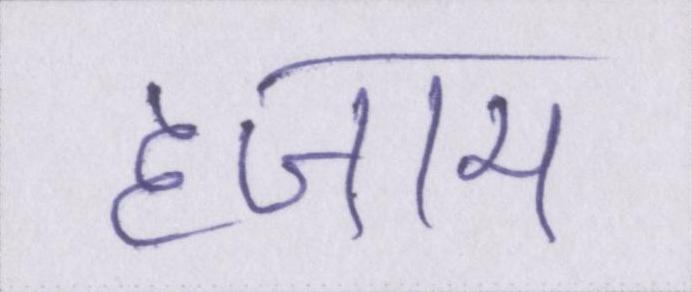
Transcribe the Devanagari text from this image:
हजाम